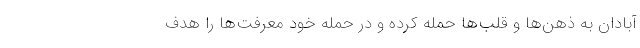
آبادان به ذهن‌ها و قلب‌ها حمله کرده و در حمله خود معرفت‌ها را هدف